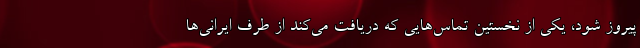
پیروز شود، یکی از نخستین تماس‌هایی که دریافت می‌کند از طرف ایرانی‌ها